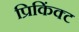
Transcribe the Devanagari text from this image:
प्रिकिंक्ट